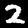
Digit: 2